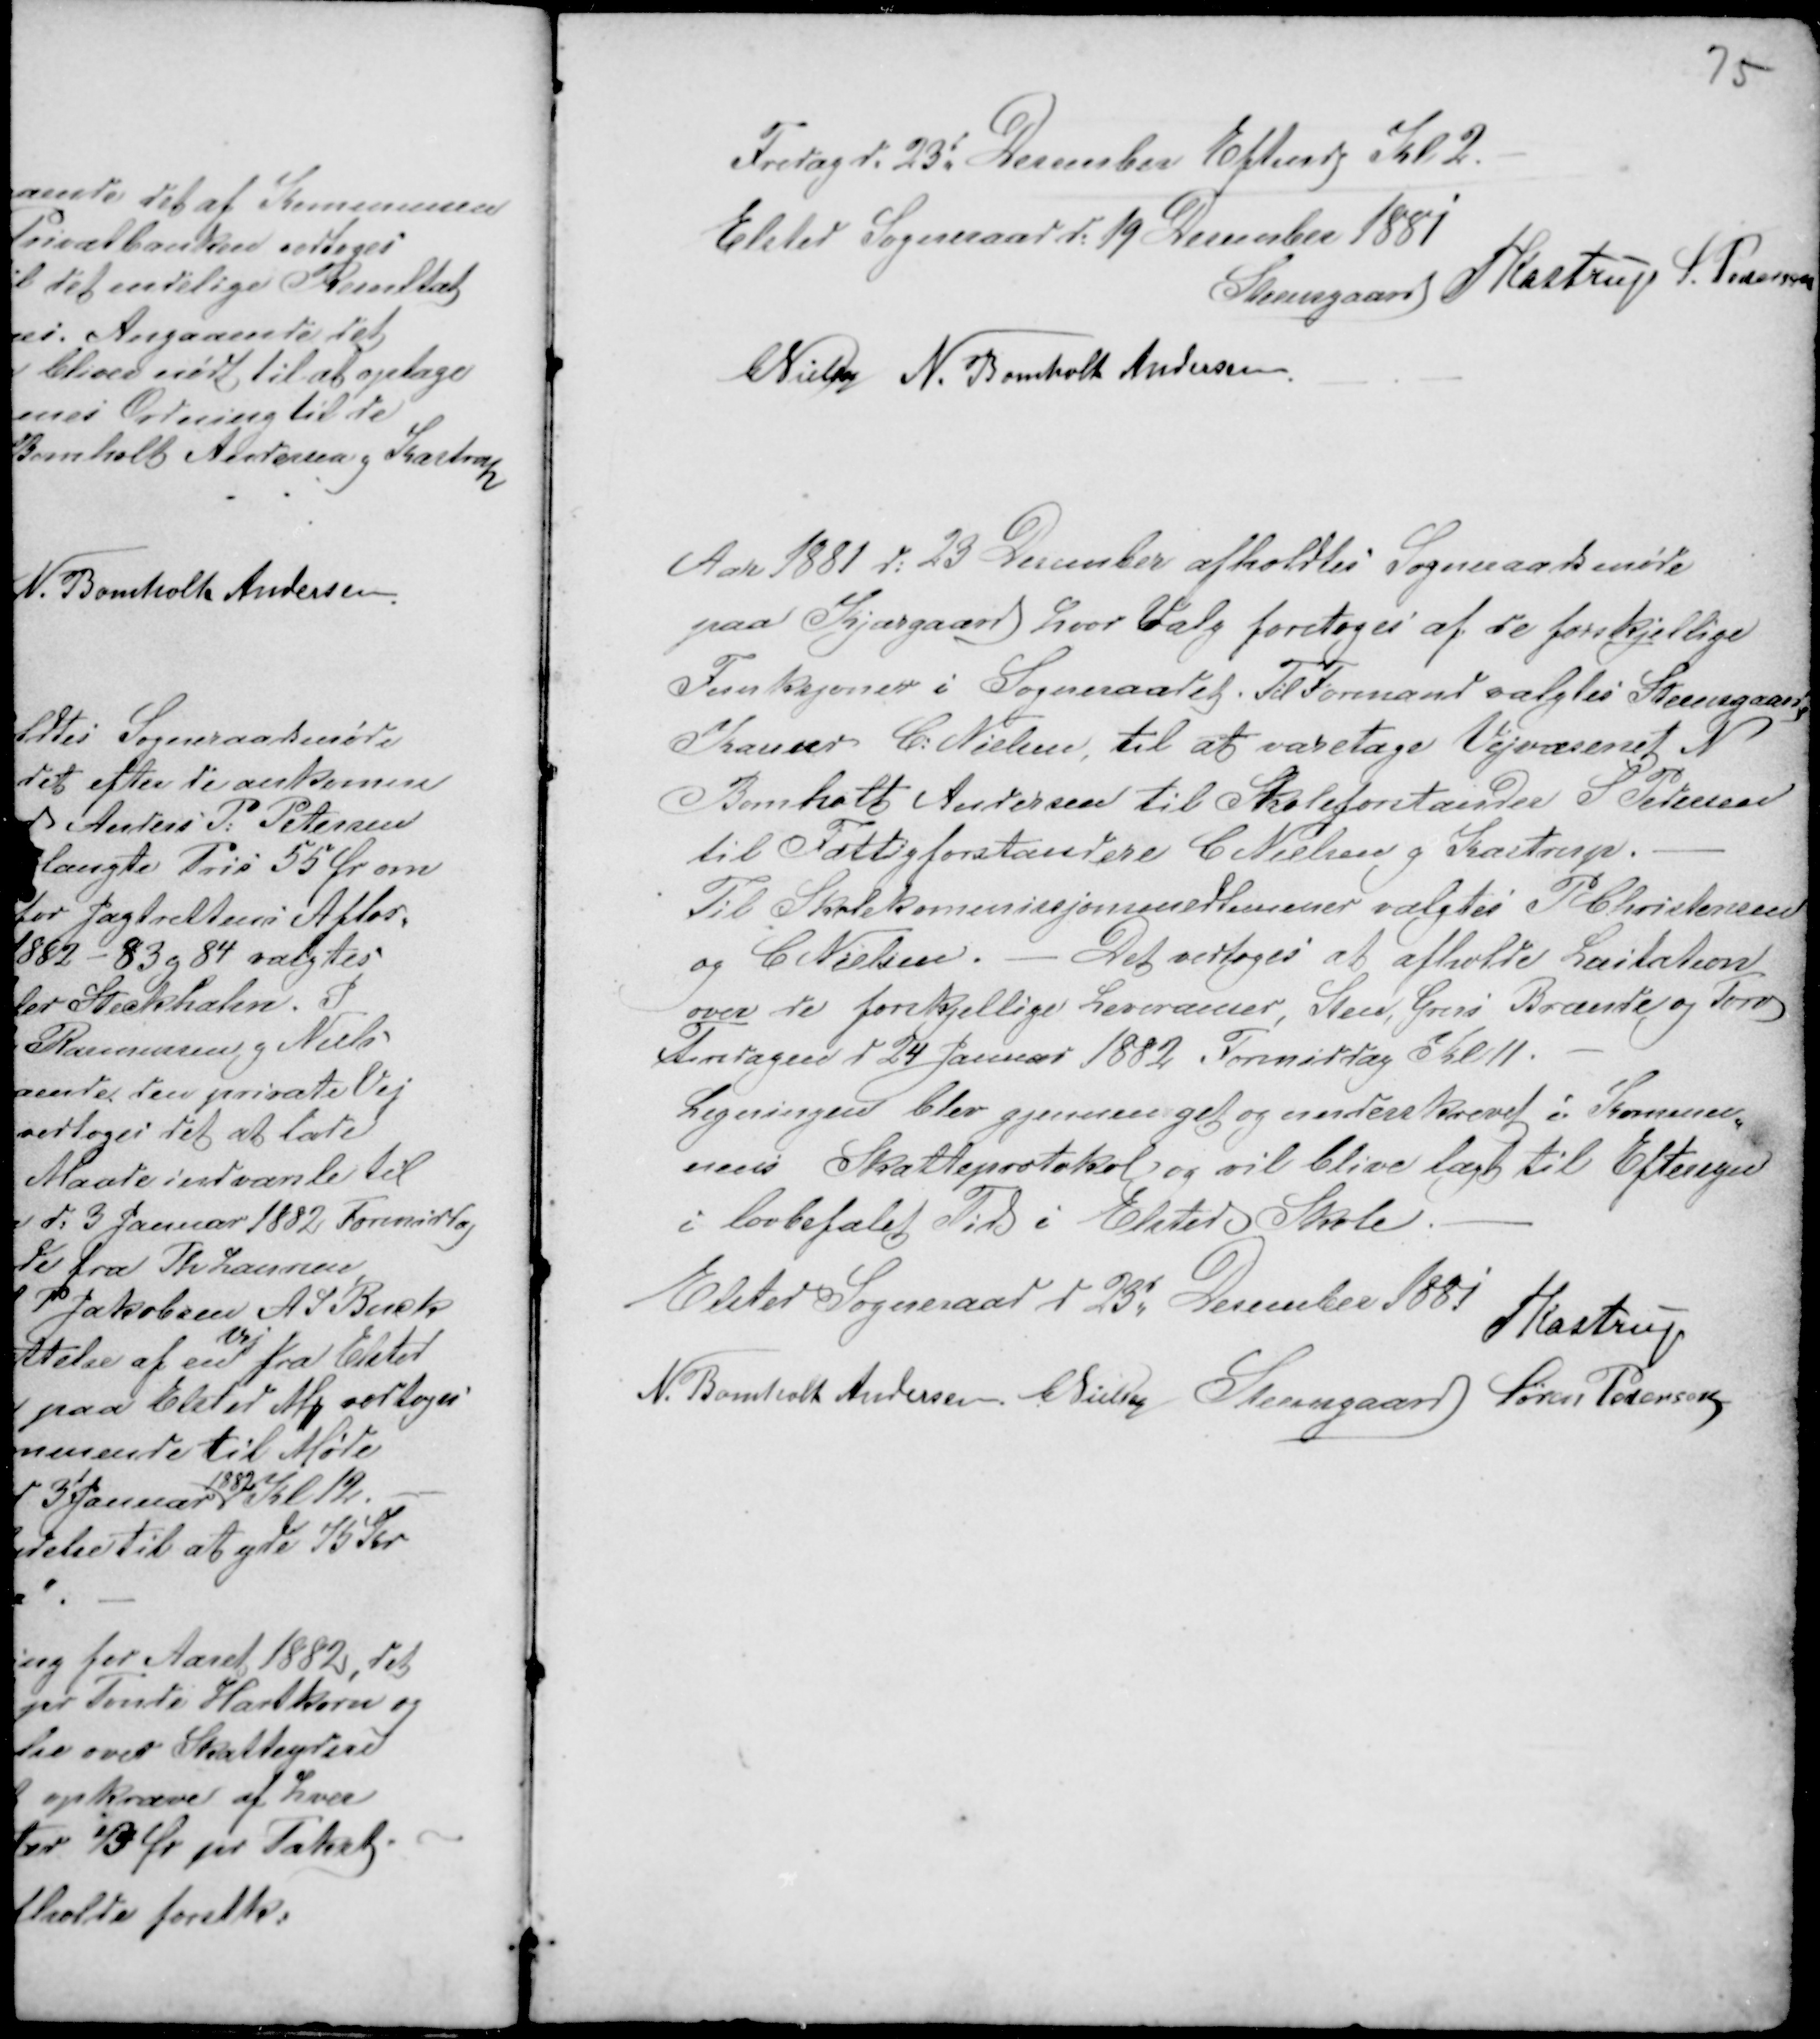
Transskription:
Fredag d. 23d Desember Eftermdg Kl. 2 -
Elsted Sogneraad d: 19 December 1881
Steensgaard PKastrup S. Pedersen
CNielsen N. Bomholt Andersen.

Aar 1881 d: 23 Desember afholdtes Sogneraadsmøde
paa Kjærgaard hvor Valg foretoges af de forskjellige
Funksjoner i Sogneraadet. Til Formand valgtes Steensgaard,
Kasserer C: Nielsen, til at varetage Vejvæsenet N
Bomholt Andersen til Skoleforstander S Pedersen
til Fattigforstandere C Nielsen g Kastrup.
Til Skolekommissjonsmedlemmer valgtes P Christensen
og C Nielsen. - Det vedtoges at afholde Licitation
over de forskjellige Leveranser, Sten, Grus Brænde og Tørv
Tirsdagen d 24 Januar 1882 Formiddag Kl 11. -
Ligningen blev gjennemgaaet og underskrevet i Kommu-
nens Skatteprotokol og vil blive lagt til Eftersyn
i lovbefalet Tid i Elsted Skole. -
Elsted Sogneraad d 23d Desember 1881
PKastrup
N. Bomholt Andersen CNielsen Steensgaard Søren Pedersen